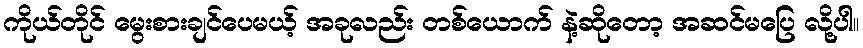
ကိုယ်တိုင် မွေးစားချင်ပေမယ့် အခုလည်း တစ်ယောက် နဲ့ဆိုတော့ အဆင်မပြေ လို့ပါ။